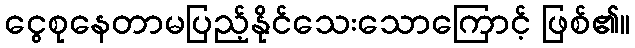
ငွေစုနေတာမပြည့်နိုင်သေးသောကြောင့် ဖြစ်၏။